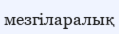
мезгіларалық